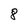
Character: 8